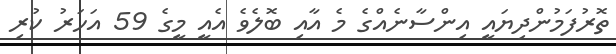
ތޮރުފަމުންދިޔައީ އިންސާނެއްގެ މެ އާއި ބޮލެވެ އެއީ މީގެ 59 އަހަރު ކުރި